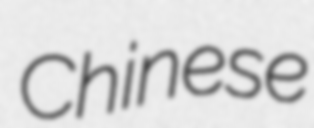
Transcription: Chinese